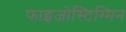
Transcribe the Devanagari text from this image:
फाइजोस्टिग्मिन